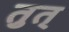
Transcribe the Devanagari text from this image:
तुत्